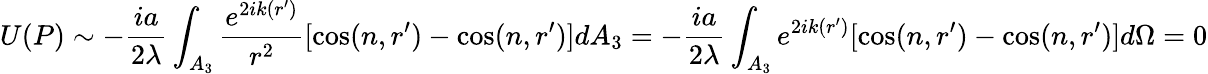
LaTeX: U(P)\sim-{\frac{ia}{2\lambda}}\int_{A_{3}}{\frac{e^{2ik(r^{\prime})}}{r^{2}}}[\cos(n,r^{\prime})-\cos(n,r^{\prime})]d{A_{3}}=-{\frac{ia}{2\lambda}}\int_{A_{3}}e^{2ik(r^{\prime})}[\cos(n,r^{\prime})-\cos(n,r^{\prime})]d{\Omega}=0